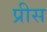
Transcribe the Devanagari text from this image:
प्रीस